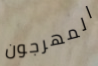
المهرجون